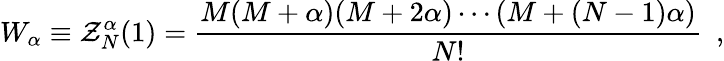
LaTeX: W_{\alpha}\equiv\mathcal{Z}_{N}^{\alpha}(1)=\frac{{M(M+\alpha)(M+2\alpha)\cdots(M+(N-1)\alpha)}}{{N!}}\, \, \, ,